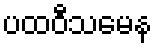
ပထဝီသမေန